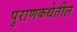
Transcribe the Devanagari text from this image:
पुराणकथेतील